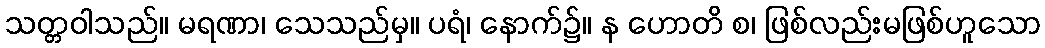
သတ္တဝါသည်။ မရဏာ၊ သေသည်မှ။ ပရံ၊ နောက်၌။ န ဟောတိ စ၊ ဖြစ်လည်းမဖြစ်ဟူသော